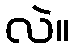
လဲ။